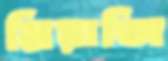
মিয়াজি